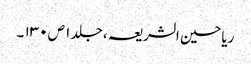
ریاحین الشریعہ ، جلد ۱ ص ۱۳۰ ۔